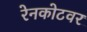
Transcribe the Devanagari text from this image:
रेनकोटवर